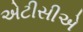
એટીસીએ